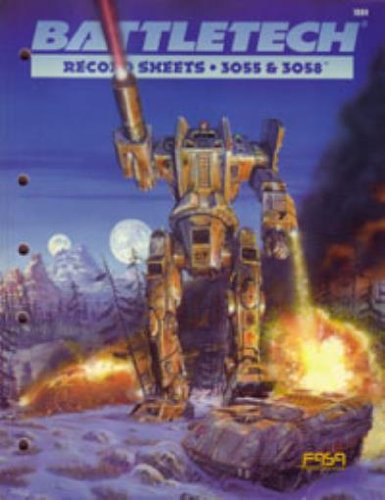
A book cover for Battletech: Record Sheets 3055 and 3058; Donna Ippolito Editorial Director; Science Fiction & Fantasy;